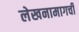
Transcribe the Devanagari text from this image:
लेखनामागची